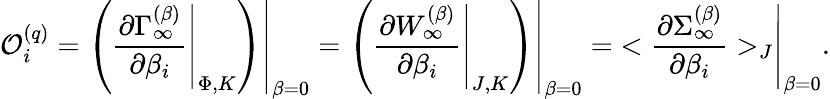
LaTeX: {\cal O}_{i}^{(q)}=\left.\left(\left.{\frac{\partial\Gamma_{\infty}^{(\beta)}}{\partial\beta_{i}}}\right|_{\Phi,K}\right)\right|_{\beta=0}=\left.\left(\left.{\frac{\partial W_{\infty}^{(\beta)}}{\partial\beta_{i}}}\right|_{J,K}\right)\right|_{\beta=0}=\left.<{\frac{\partial\Sigma_{\infty}^{(\beta)}}{\partial\beta_{i}}}>_{J}\right|_{\beta=0}.